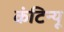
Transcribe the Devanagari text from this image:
कंटिन्यू